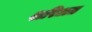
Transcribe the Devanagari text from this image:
शरिअत